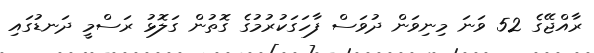
ރާއްޖޭގެ 52 ވަނަ މިނިވަން ދުވަސް ފާހަގަކުރުމުގެ ގޮތުން ގަލޮޅު ރަސްމީ ދަނޑުގައި